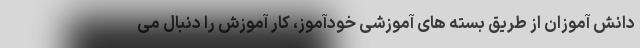
دانش آموزان از طریق بسته های آموزشی خودآموز، کار آموزش را دنبال می